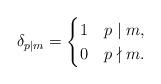
LaTeX: \begin{align*} \delta_{p|m}=\begin{cases} 1& p\mid m,\\ 0& p\nmid m. \end{cases}\end{align*}